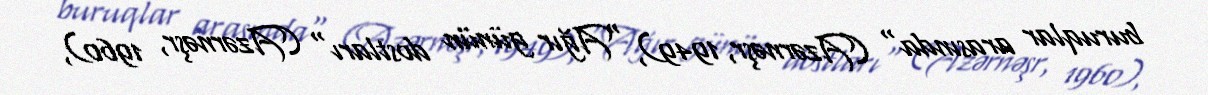
buruqlar arasında" (Azərnəşr, 1949), "Ağır günün dostları" (Azərnəşr, 1960),